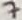
Text: 7